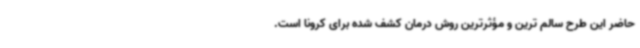
حاضر این طرح سالم ترین و مؤثرترین روش درمان کشف شده برای کرونا است.